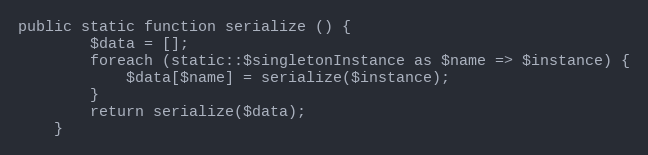
Language: PHP
public static function serialize () {
		$data = [];
		foreach (static::$singletonInstance as $name => $instance) {
			$data[$name] = serialize($instance);
		}
		return serialize($data);
	}